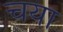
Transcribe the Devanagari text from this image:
चया